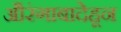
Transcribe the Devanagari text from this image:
औरंगाबादेहून